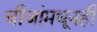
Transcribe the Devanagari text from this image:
चीजांमधूनही